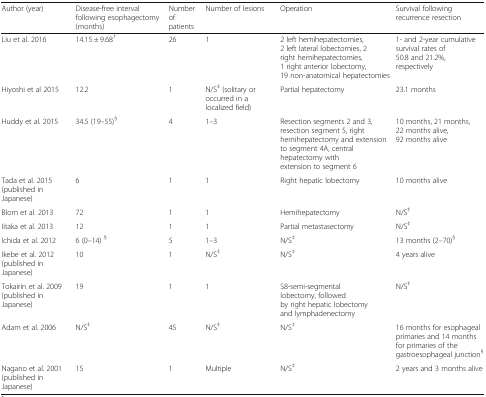
<table><thead><tr><td><b>Author (year)</b></td><td><b>Disease-free interval following esophagectomy (months)</b></td><td><b>Number of patients</b></td><td><b>Number of lesions</b></td><td><b>Operation</b></td><td><b>Survival following recurrence resection</b></td></tr></thead><tbody><tr><td>Liu et al. 2016</td><td>14.15 ± 9.68<sup>†</sup></td><td>26</td><td>1</td><td>2 left hemihepatectomies, 2 left lateral lobectomies, 2 right hemihepatectomies, 1 right anterior lobectomy, 19 non-anatomical hepatectomies</td><td>1- and 2-year cumulative survival rates of 50.8 and 21.2%, respectively</td></tr><tr><td>Hiyoshi et al 2015</td><td>12.2</td><td>1</td><td>N/S<sup>‡</sup> (solitary or occurred in a localized field)</td><td>Partial hepatectomy</td><td>23.1 months</td></tr><tr><td>Huddy et al. 2015</td><td>34.5 (19–55)<sup>§</sup></td><td>4</td><td>1–3</td><td>Resection segments 2 and 3, resection segment 5, right hemihepatectomy and extension to segment 4A, central hepatectomy with extension to segment 6</td><td>10 months, 21 months, 22 months alive, 92 months alive</td></tr><tr><td>Tada et al. 2015 (published in Japanese)</td><td>6</td><td>1</td><td>1</td><td>Right hepatic lobectomy</td><td>10 months alive</td></tr><tr><td>Blom et al. 2013</td><td>72</td><td>1</td><td>1</td><td>Hemihepatectomy</td><td>N/S<sup>‡</sup></td></tr><tr><td>Iitaka et al. 2013</td><td>12</td><td>1</td><td>1</td><td>Partial metastasectomy</td><td>N/S<sup>‡</sup></td></tr><tr><td>Ichida et al. 2012</td><td>6 (0–14) <sup>§</sup></td><td>5</td><td>1–3</td><td>N/S<sup>‡</sup></td><td>13 months (2–70)<sup>§</sup></td></tr><tr><td>Ikebe et al. 2012 (published in Japanese)</td><td>10</td><td>1</td><td>N/S<sup>‡</sup></td><td>N/S<sup>‡</sup></td><td>4 years alive</td></tr><tr><td>Tokairin et al. 2009 (published in Japanese)</td><td>19</td><td>1</td><td>1</td><td>S8-semi-segmental lobectomy, followed by right hepatic lobectomy and lymphadenectomy</td><td>N/S<sup>‡</sup></td></tr><tr><td>Adam et al. 2006</td><td>N/S<sup>‡</sup></td><td>45</td><td>N/S<sup>‡</sup></td><td>N/S<sup>‡</sup></td><td>16 months for esophageal primaries and 14 months for primaries of the gastroesophageal junction<sup>§</sup></td></tr><tr><td>Nagano et al. 2001 (published in Japanese)</td><td>15</td><td>1</td><td>Multiple</td><td>N/S<sup>‡</sup></td><td>2 years and 3 months alive</td></tr></tbody></table>